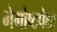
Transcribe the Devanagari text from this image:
भेगोष्ठपेक्षा